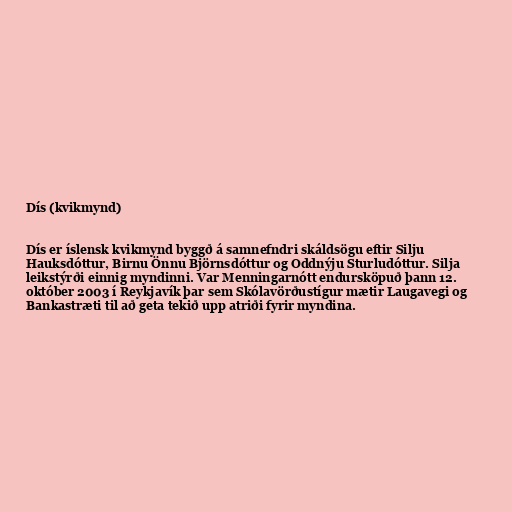
Dís (kvikmynd)

Dís er íslensk kvikmynd byggð á samnefndri skáldsögu eftir Silju
Hauksdóttur, Birnu Önnu Björnsdóttur og Oddnýju Sturludóttur. Silja
leikstýrði einnig myndinni. Var Menningarnótt endursköpuð þann 12.
október 2003 í Reykjavík þar sem Skólavörðustígur mætir Laugavegi og
Bankastræti til að geta tekið upp atriði fyrir myndina.